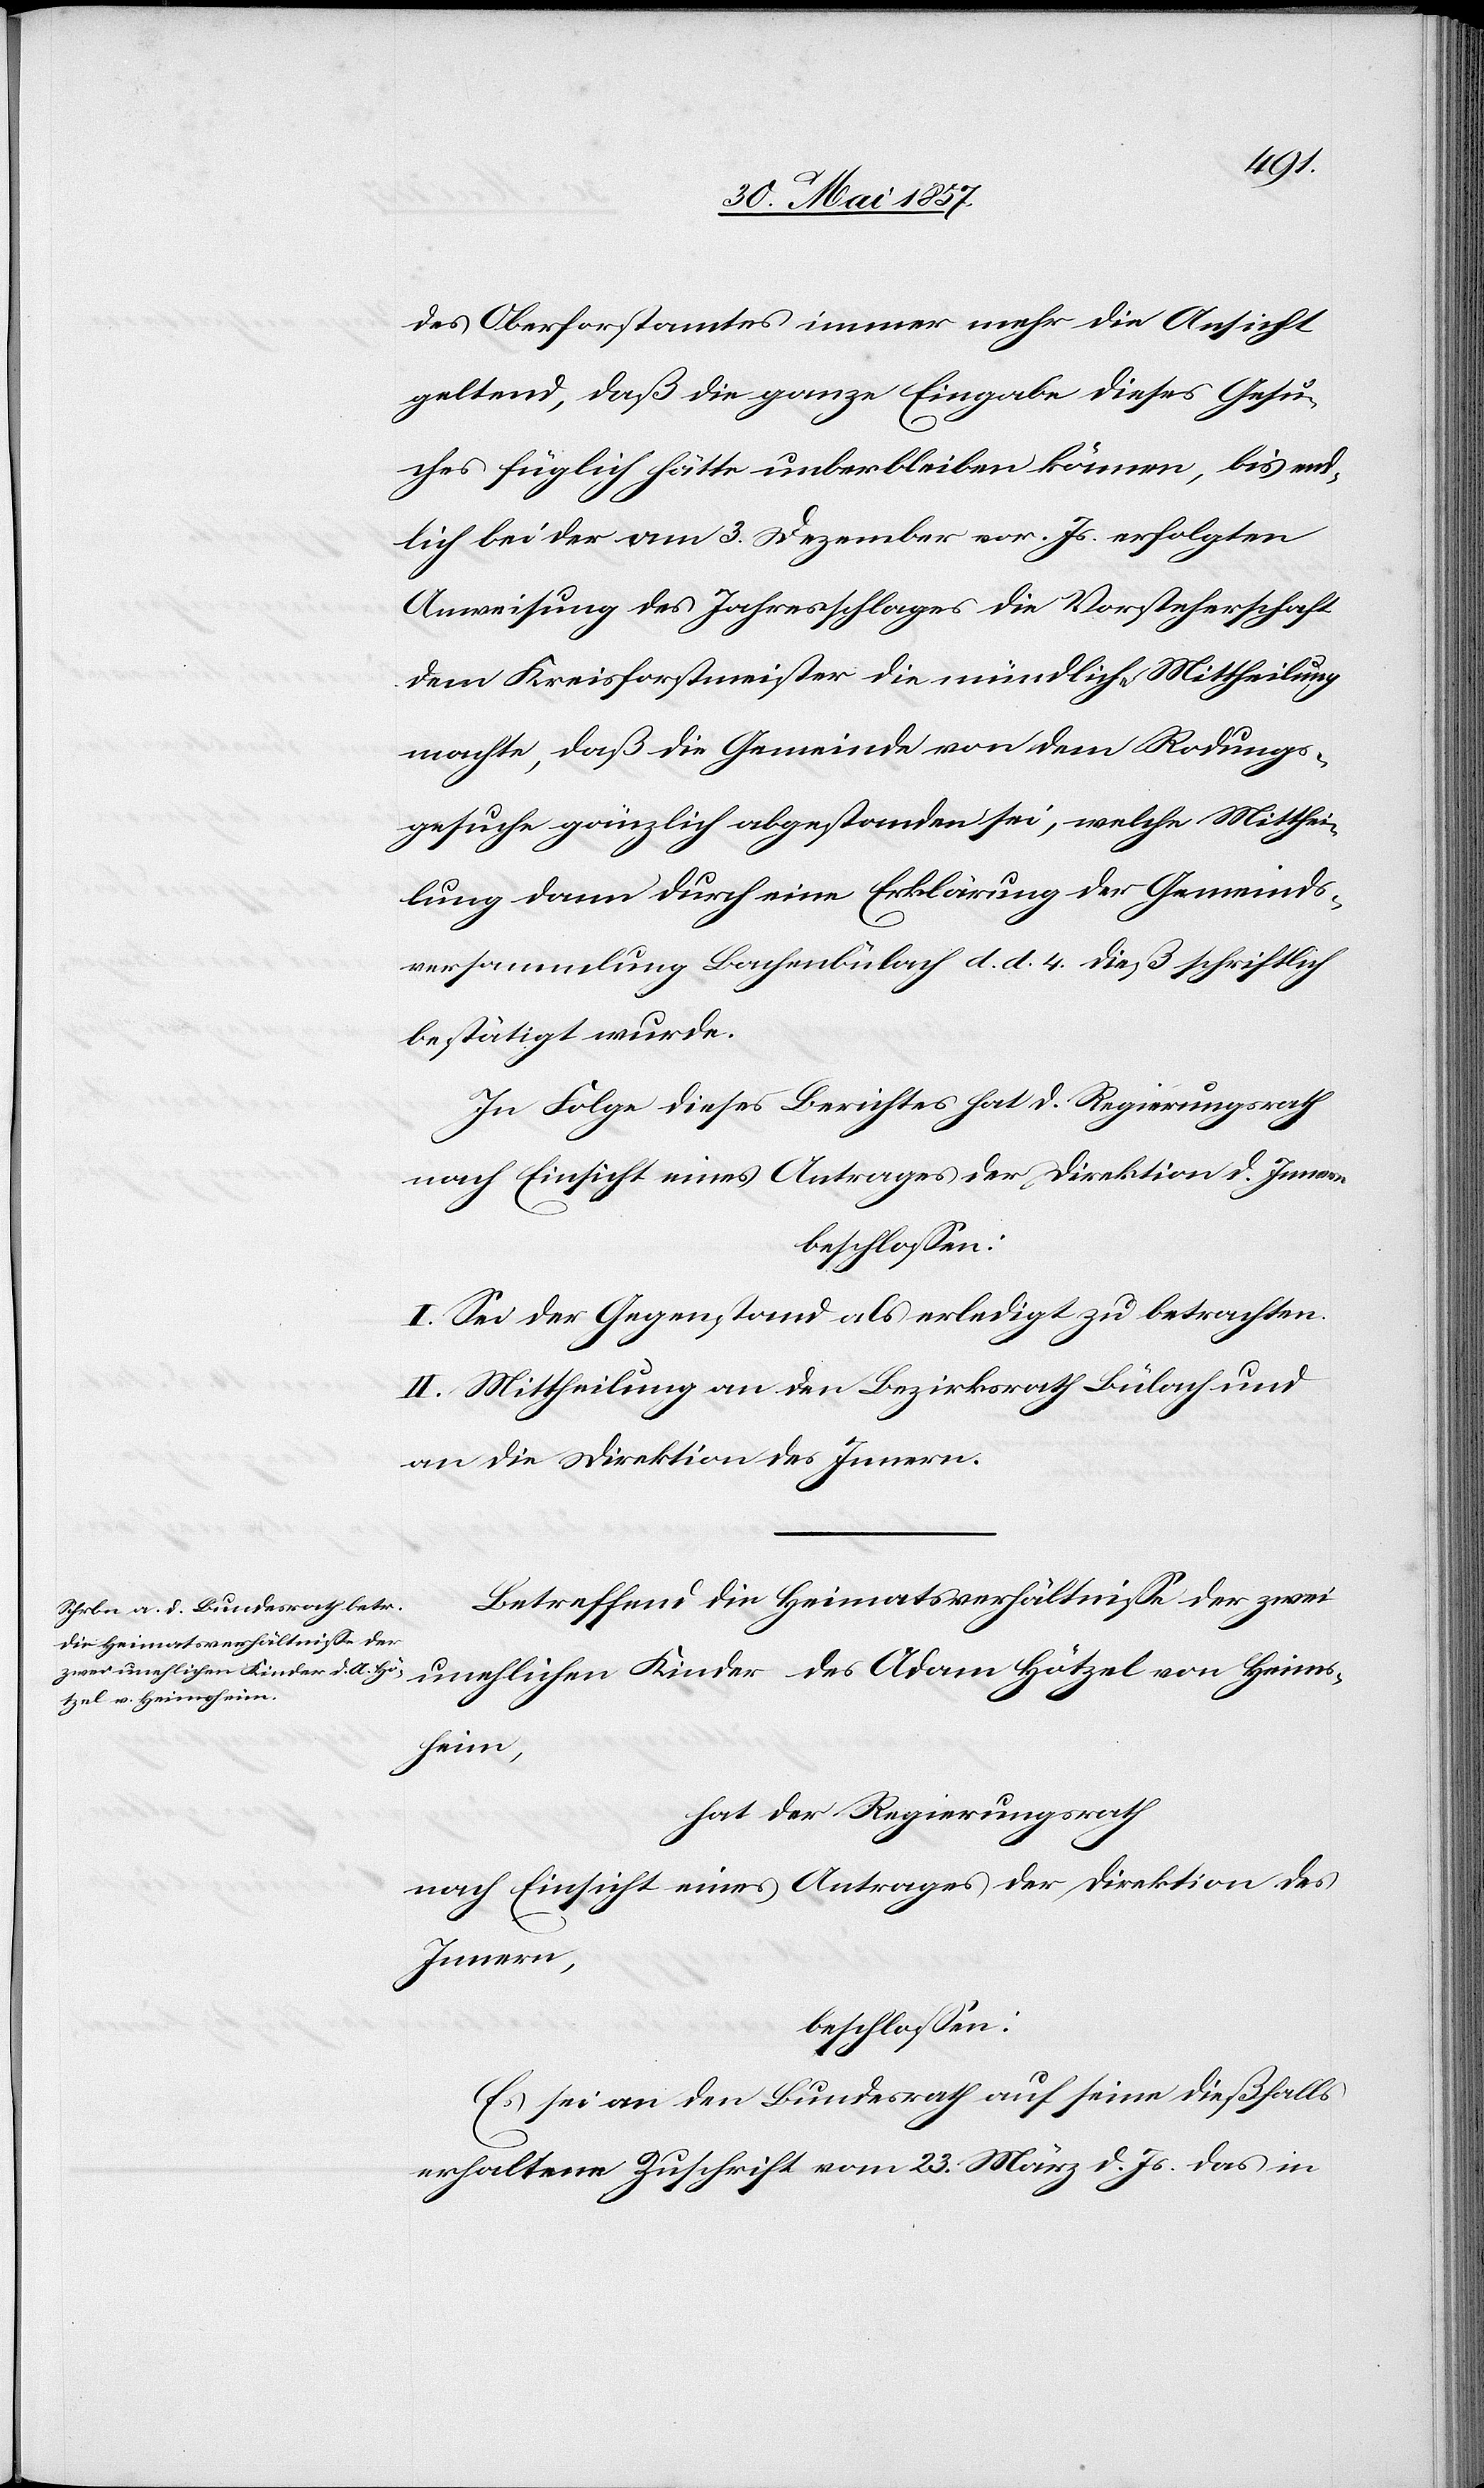
des Oberforstamtes immer mehr die Ansicht
geltend, daß die ganze Eingabe dieses Gesu¬
ches füglich hätte unterbleiben können, bis end¬
lich bei der am 3 Dezember vor. Js. erfolgten
Anweisung des Jahresschlages die Vorsteherschaft
dem Kreisforstmeister die mündliche Mittheilung
machte, daß die Gemeinde von dem Rodungs¬
gesuche gänzlich abgestanden sei, welche Mitthei¬
lung dann durch eine Erklärung der Gemeinds¬
versammlung Bachenbülach d. d. 4 dieß schriftlich
bestätigt wurde.
In Folge dieses Berichtes hat d. Regierungsrath
nach Einsicht eines Antrages der Direktion d. Innern
beschlossen:
I. Sei der Gegenstand als erledigt zu betrachten.
II. Mittheilung an den Bezirksrath Bülach und
an die Direktion des Innern.
Betreffend die Heimatsverhältnisse der zwei
unehlichen Kinder des Adam Hötzel von Heims¬
heim,
hat der Regierungsrath
nach Einsicht eines Antrages der Direktion des
Innern,
beschlossen:
Es sei an den Bundesrath auf seine dießfalls
erhaltene Zuschrift vom 23 März d. Js. das in